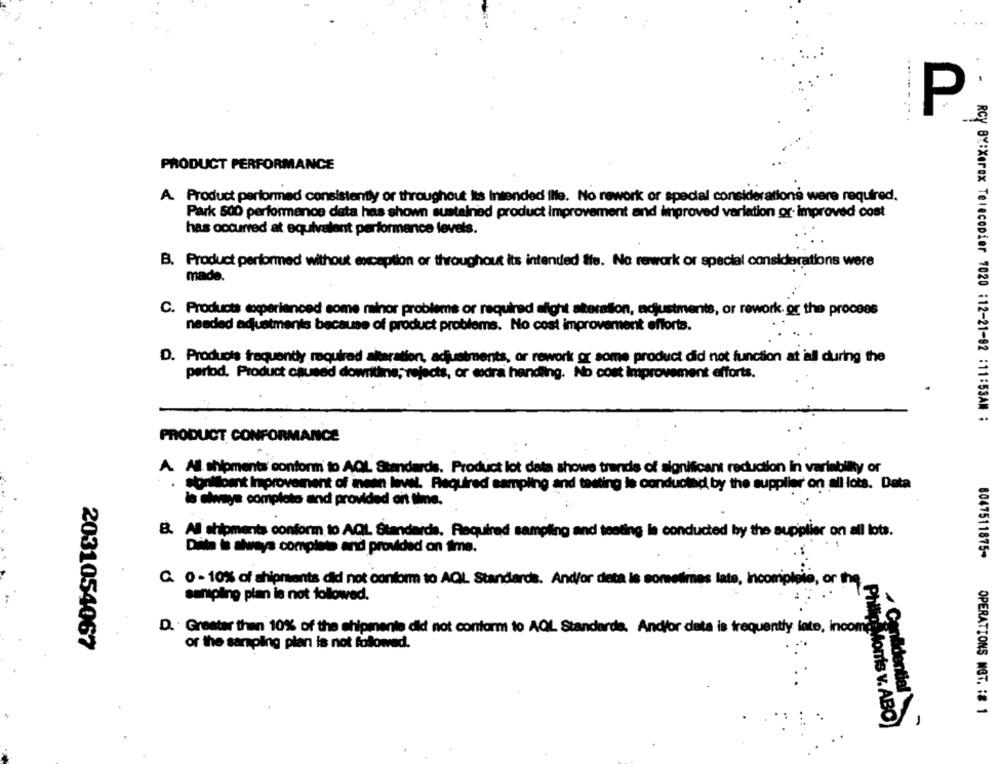
P
PRODUCT PERFORMANCE
A. Product performed consistently or throughout its Intended ille. No rework or special considerations were required.
Park 500 performance data has shown sustained product improvement and improved variation or improved cost
has occurred at equivalent performance levels.
B. Product performed without exception or throughout its intended tte. No rework or special considerations were
made.
C. Products comperienced some minor problems or required afight alteration, adjustments, or rework. or the process
needed adjustments because of product problems. No cost improvement efforts.
D. Products frequently required alteration, adjustments, or rework or some product did not function at iall during the
period, Product caused dowritine; rejects, or wdra handing. No cost improvement efforts.
RCY BY:Xerox Telecopier 1020 :12-21-92 :11:53AM :
PRODUCT CONFORMANCE
A. All shipments conform to AQL Standards. Product lot data showe trends of significant reduction in variabilty or
. sonlosnt Improvement of inein livet. Required sampling and testing is conducted by the supplier on all lots. Data
is always completo and provided ont time.
B. All shipments conform to AQL Standards. Required sampling and testing is conducted by the supplier on all lots.
Dita is always completo and provided on time.
8047511875-
C. 0 - 10% of shipments did not conform to ACL Standards. And/or deta is sometimes late, Incomplete, or the
sampling plan is not followed.
D. . Greater than 10% of the shipmente did not conform to AQL Standards. And/or deta is frequently inte, income"
2031054067
or the sampling plan is not followed.
Confidential
OPERATIONS MET. : # 1
Philip Morris v. ABO)